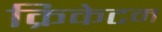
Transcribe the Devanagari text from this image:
क्रिकेटम